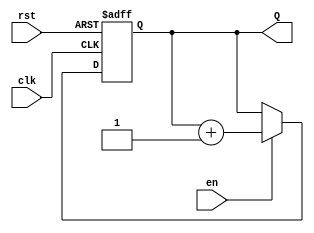
module binary_up_counter (
    input wire clk,     // Clock input
    input wire rst,     // Active-high reset input
    input wire en,      // Enable input
    output reg [N-1:0] Q // Output count
);

parameter N = 4; // Define the number of bits for the counter (can be changed)

always @(posedge clk or posedge rst) begin
    if (rst) begin
        Q <= 0; // Reset counter to zero
    end else if (en) begin
        Q <= Q + 1; // Increment counter
    end
end

endmodule